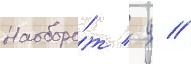
Наоборо́т / д //